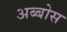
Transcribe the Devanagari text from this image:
अब्बोस